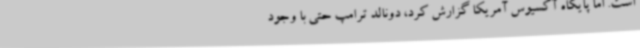
است. اما پایگاه آکسیوس آمریکا گزارش کرد، دونالد ترامپ حتی با وجود